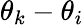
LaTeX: \theta_{k}-\theta_{i}